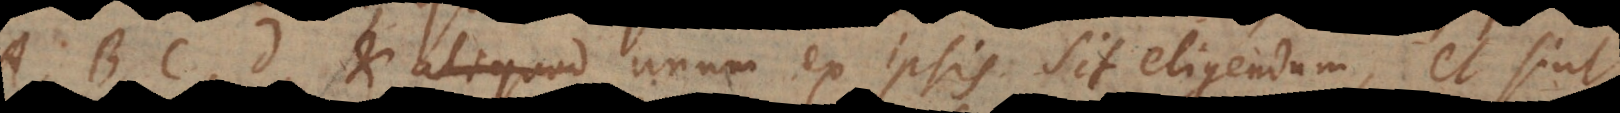
B, C, D, et aliquod unum ex ipsis sit eligendum, et sint